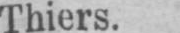
Thiers.